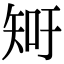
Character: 𥎿